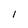
Character: I